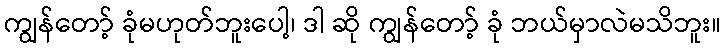
ကျွန်တော့် ခုံမဟုတ်ဘူးပေါ့၊ ဒါ ဆို ကျွန်တော့် ခုံ ဘယ်မှာလဲမသိဘူး။